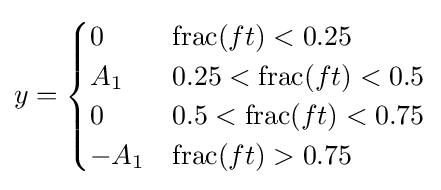
y={\begin{cases}0&\operatorname {frac} (ft)<0.25\\A_{1}&0.25<\operatorname {frac} (ft)<0.5\\0&0.5<\operatorname {frac} (ft)<0.75\\-A_{1}&\operatorname {frac} (ft)>0.75\end{cases}}